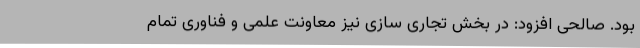
بود. صالحی افزود: در بخش تجاری سازی نیز معاونت علمی و فناوری تمام